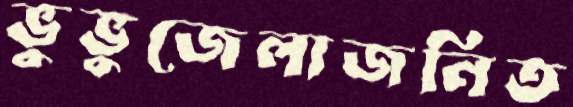
ভুভুজেলাজনিত